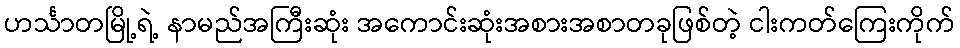
ဟင်္သာတမြို့ရဲ့ နာမည်အကြီးဆုံး အကောင်းဆုံးအစားအစာတခုဖြစ်တဲ့ ငါးကတ်ကြေးကိုက်